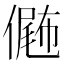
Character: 𠎴